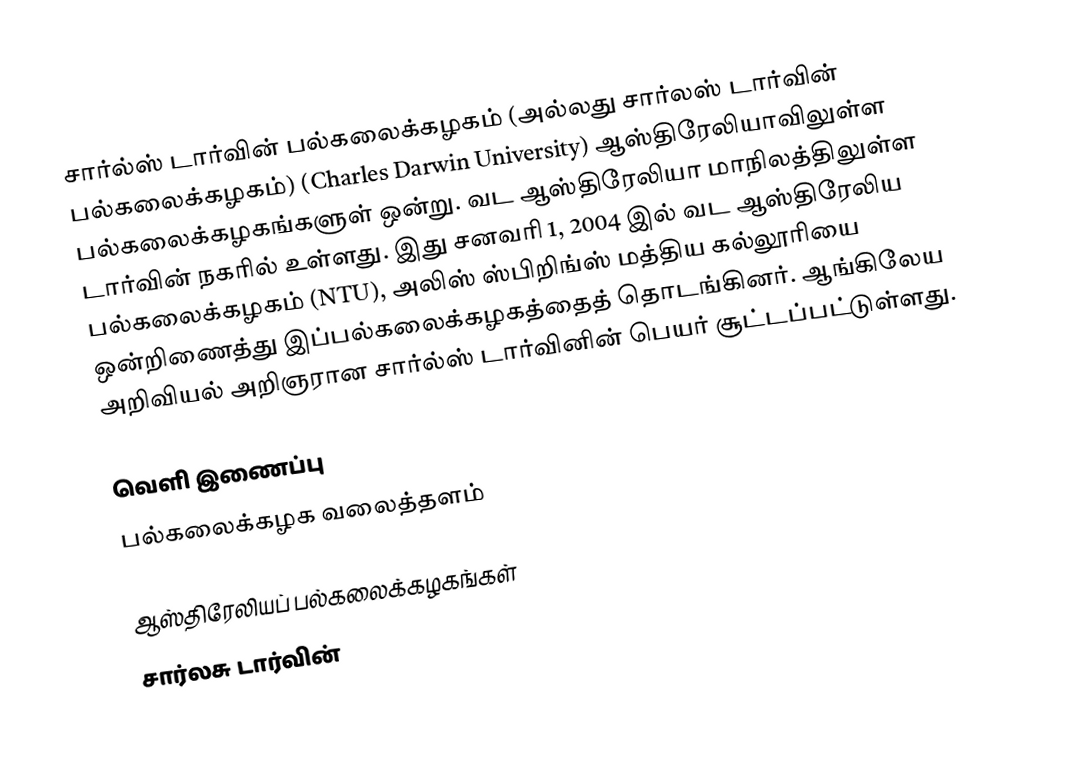
சார்ல்ஸ் டார்வின் பல்கலைக்கழகம் (அல்லது சார்லஸ் டார்வின் பல்கலைக்கழகம்) (Charles Darwin University) ஆஸ்திரேலியாவிலுள்ள பல்கலைக்கழகங்களுள் ஒன்று. வட ஆஸ்திரேலியா மாநிலத்திலுள்ள டார்வின் நகரில் உள்ளது. இது சனவரி 1, 2004 இல் வட ஆஸ்திரேலிய பல்கலைக்கழகம் (NTU), அலிஸ் ஸ்பிறிங்ஸ் மத்திய கல்லூரியை ஒன்றிணைத்து இப்பல்கலைக்கழகத்தைத் தொடங்கினர். ஆங்கிலேய அறிவியல் அறிஞரான சார்ல்ஸ் டார்வினின் பெயர் சூட்டப்பட்டுள்ளது.

வெளி இணைப்பு
 பல்கலைக்கழக வலைத்தளம்

ஆஸ்திரேலியப் பல்கலைக்கழகங்கள்
சார்லசு டார்வின்